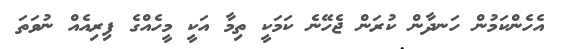
އެހެންކަމުން ހަނދާން ކުރަން ޖެހޭނެ ކަމަކީ ތިމާ އަކީ މީހެއްގެ ފިރިއެއް ނުވަތަ